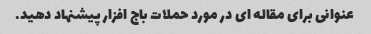
عنوانی برای مقاله ای در مورد حملات باج افزار پیشنهاد دهید.